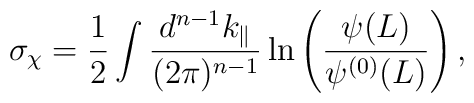
\sigma_{\chi} =  \frac{1}{2}     \int \frac{ d^{n-1}k_{\|} }{ (2 \pi)^{n-1} }    \ln \left( \frac{\psi(L)}{\psi^{(0)}(L)} \right),